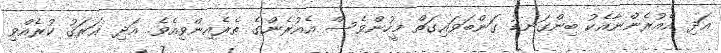
އަދި އެއުރެންނާއެކު ބިންގަނޑު ގަންބަވައިގަތް މީހުންވެސް އެއުރެންގެ ތެރެއިންވިއެވެ. އަދި ޣަރަޤު ކުރެއްވި